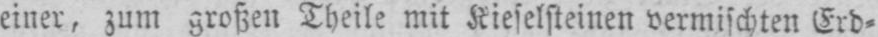
einer, zum großen Theile mit Kieselsteinen vermischten Erd⸗